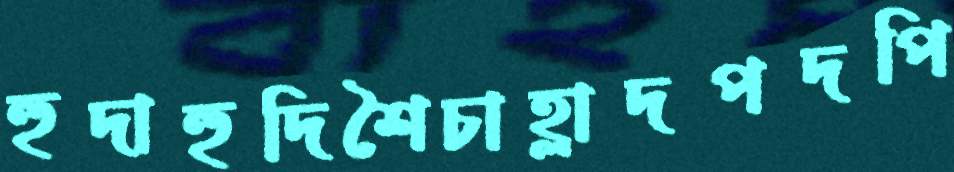
হুদাহুদিশৈচাহ্লাদপদপি